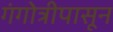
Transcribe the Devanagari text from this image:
गंगोत्रीपासून